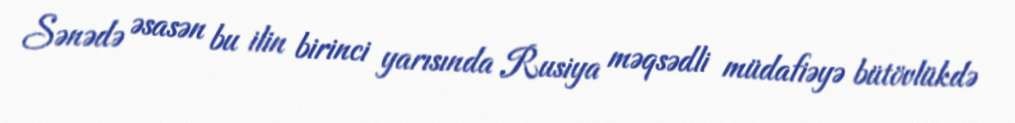
Sənədə əsasən bu ilin birinci yarısında Rusiya məqsədli müdafiəyə bütövlükdə